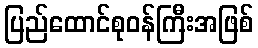
ပြည်ထောင်စုဝန်ကြီးအဖြစ်